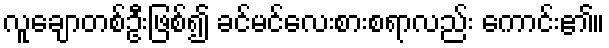
လူချောတစ်ဦးဖြစ်၍ ခင်မင်လေးစားစရာလည်း ကောင်း၏။